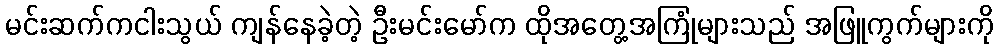
မင်းဆက်ကငါးသွယ် ကျန်နေခဲ့တဲ့ ဦးမင်းမော်က ထိုအတွေ့အကြုံများသည် အဖြူကွက်များကို